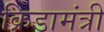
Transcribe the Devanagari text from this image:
क्रिडामंत्री